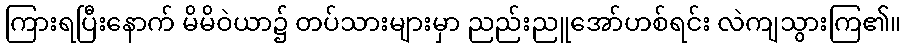
ကြားရပြီးနောက် မိမိဝဲယာ၌ တပ်သားများမှာ ညည်းညူအော်ဟစ်ရင်း လဲကျသွားကြ၏။